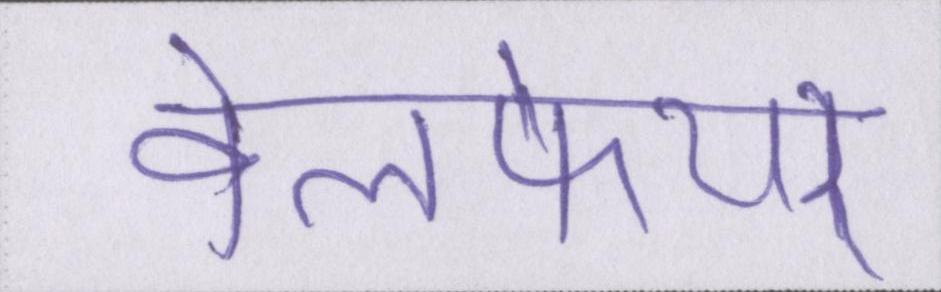
वेलफेयर